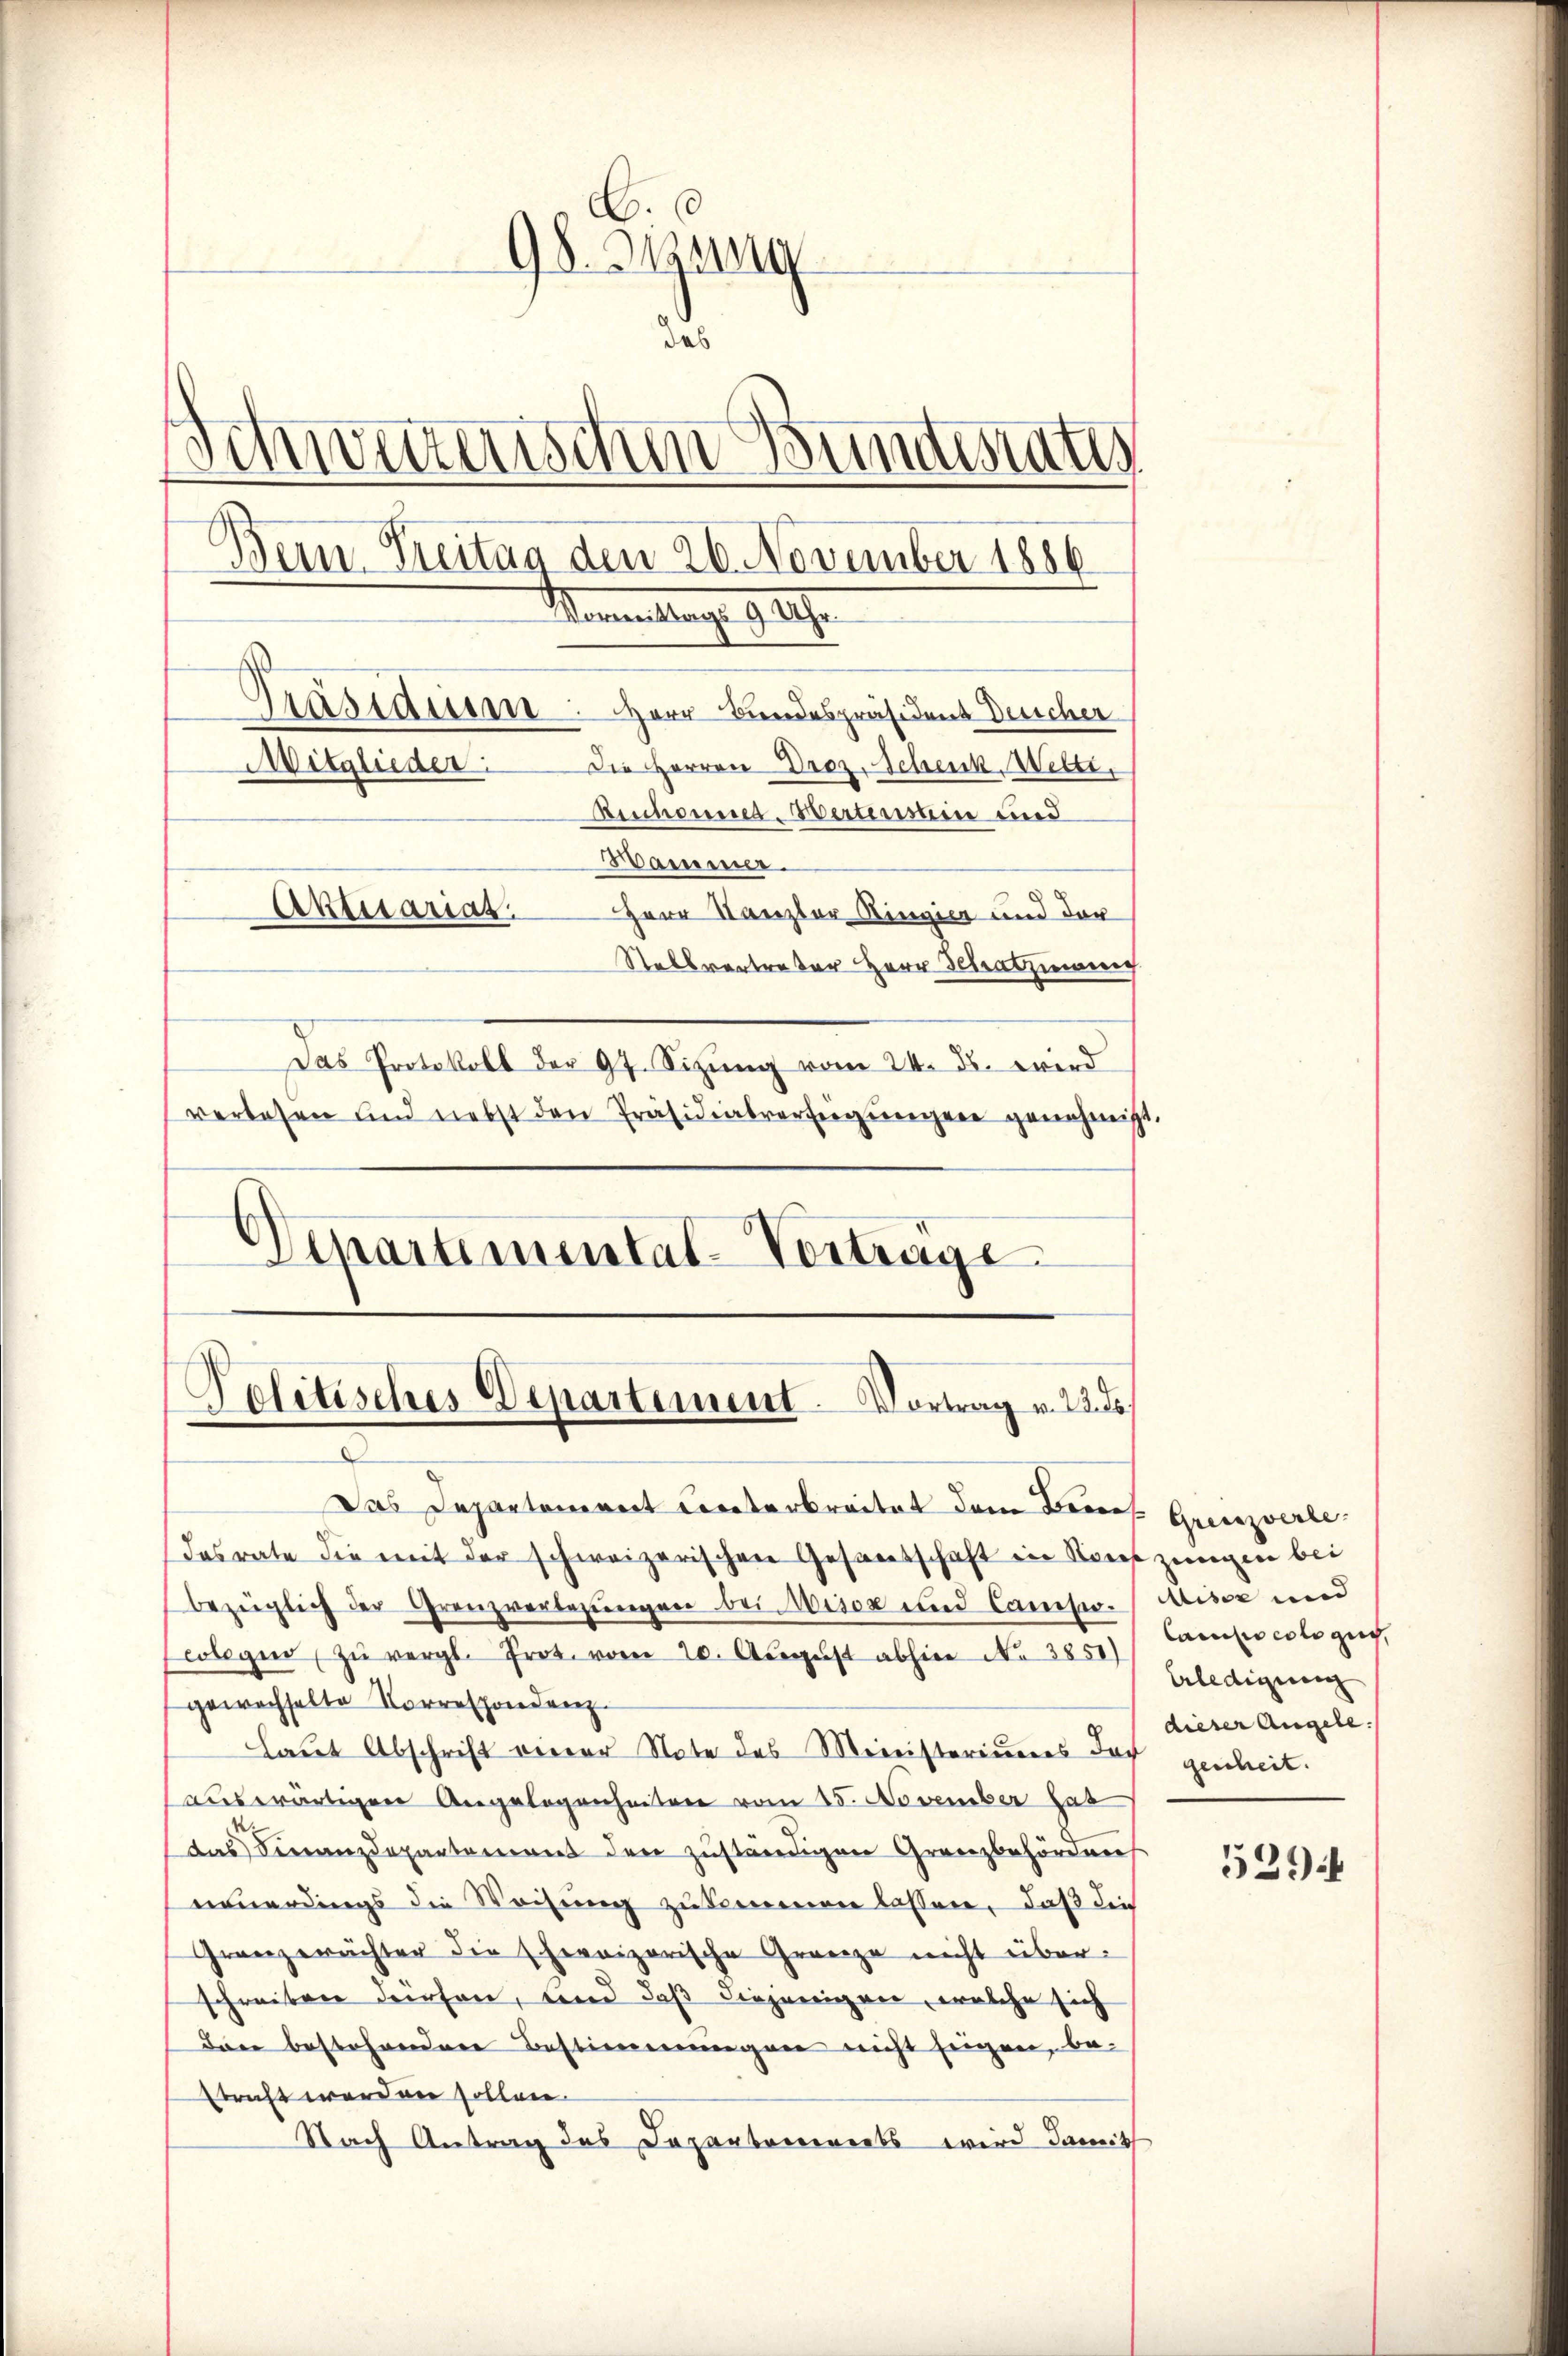
.
98. Sigung
das
Schweizerischen Bundestatt
Bern. Freitag den 26. November 1886
Namentstag. 9. 17.
Präsidium. Herr Bundespräsident Deicher
Mitglieder
Die Herren Droz. Schenk, Wetti,
Ainhuma-Werteisen und
Mamm
Antitariat.
HHerr Tanzler Ringier und der
Stellvertreter Herr Schatzmann
Das Protokoll der 97. Sitzung vom 24. ds. wird
verlesen und nebst den Präsidialverfügŭngen genehmigt.

Venartimental-Verträge.

Dasrate die mit der schweizerischen Gesandschaft in Kontzungen bei
bezüglich der Grenzverbezungen bei Misox und Camiso. Wisse und
olegen zŭ vergl. Prot. vom 20. Aŭgŭst abhin Nr. 3851)
gewechselte Vorrespondenz
laut Abschrift einer Note des Ministeriums der genheit.
auswärtigen Angelegenheiten vom 15. November hat
das Finanzdepartement den zuständigen Granzbehördaus
neuerdings die Weisung zu kommen lassen, daß die
Gränzerächter die Ehereizerische Grenze nicht überschreiben dürfen, und daß diejenigen, welche sich
Dann bestehenden Bestimmungen nicht zeigen, be-
straft werden sollen.
Nach Antrag des Departenriets wird damit

Politisches Departement. Vortrag v. 22. de
2

Das Departeniret Corterbreitet dem Bews. Grenzverle

Canio colo zuch
Erledigung
dieser Angele.

539